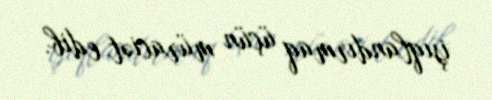
işıqlandırmaq üçün müraciət edib.